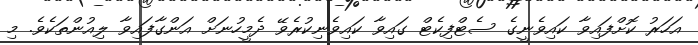
އަހަރު ކޮށްފައިވާ ކައިވެނީގެ ސެޓްފިކެޓް ގައިވާ ކައިވެނިކުރެވޭ ދެމީހުނަށް އަންގާފައިވާ ލިއުންތަކެވެ. މި